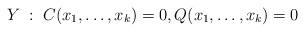
LaTeX: \begin{align*}Y \; : \; C(x_1,\dotsc,x_k)=0, Q(x_1,\dotsc,x_k)=0\end{align*}